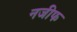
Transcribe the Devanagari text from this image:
नजीफ